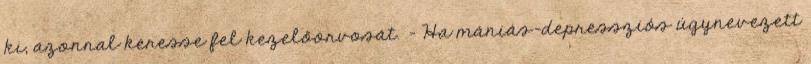
ki, azonnal keresse fel kezelőorvosát. - Ha mániás-depressziós úgynevezett